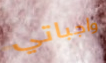
واجباتي